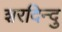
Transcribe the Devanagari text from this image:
शरदिन्दु